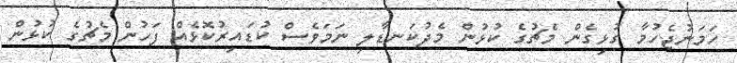
ހަމަނުޖެހުމާ ގުޅިގެން މެޗުގެ ކުޅުން މެދުކަނޑާލި ނަމަވެސް ކުޑައިރުކޮޅެއް ފަހުން މެޗުގެ ކުޅުން